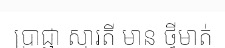
ប្រាជ្ញា ស្មារតី មាន ថ្វីមាត់